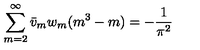
\sum _ { m = 2 } ^ { \infty } \bar { v } _ { m } w _ { m } ( m ^ { 3 } - m ) = - \frac { 1 } { \pi ^ { 2 } }